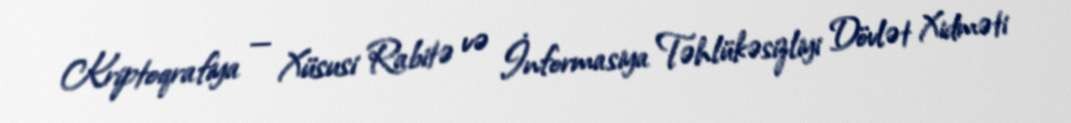
Kriptoqrafiya — Xüsusi Rabitə və İnformasiya Təhlükəsizliyi Dövlət Xidməti